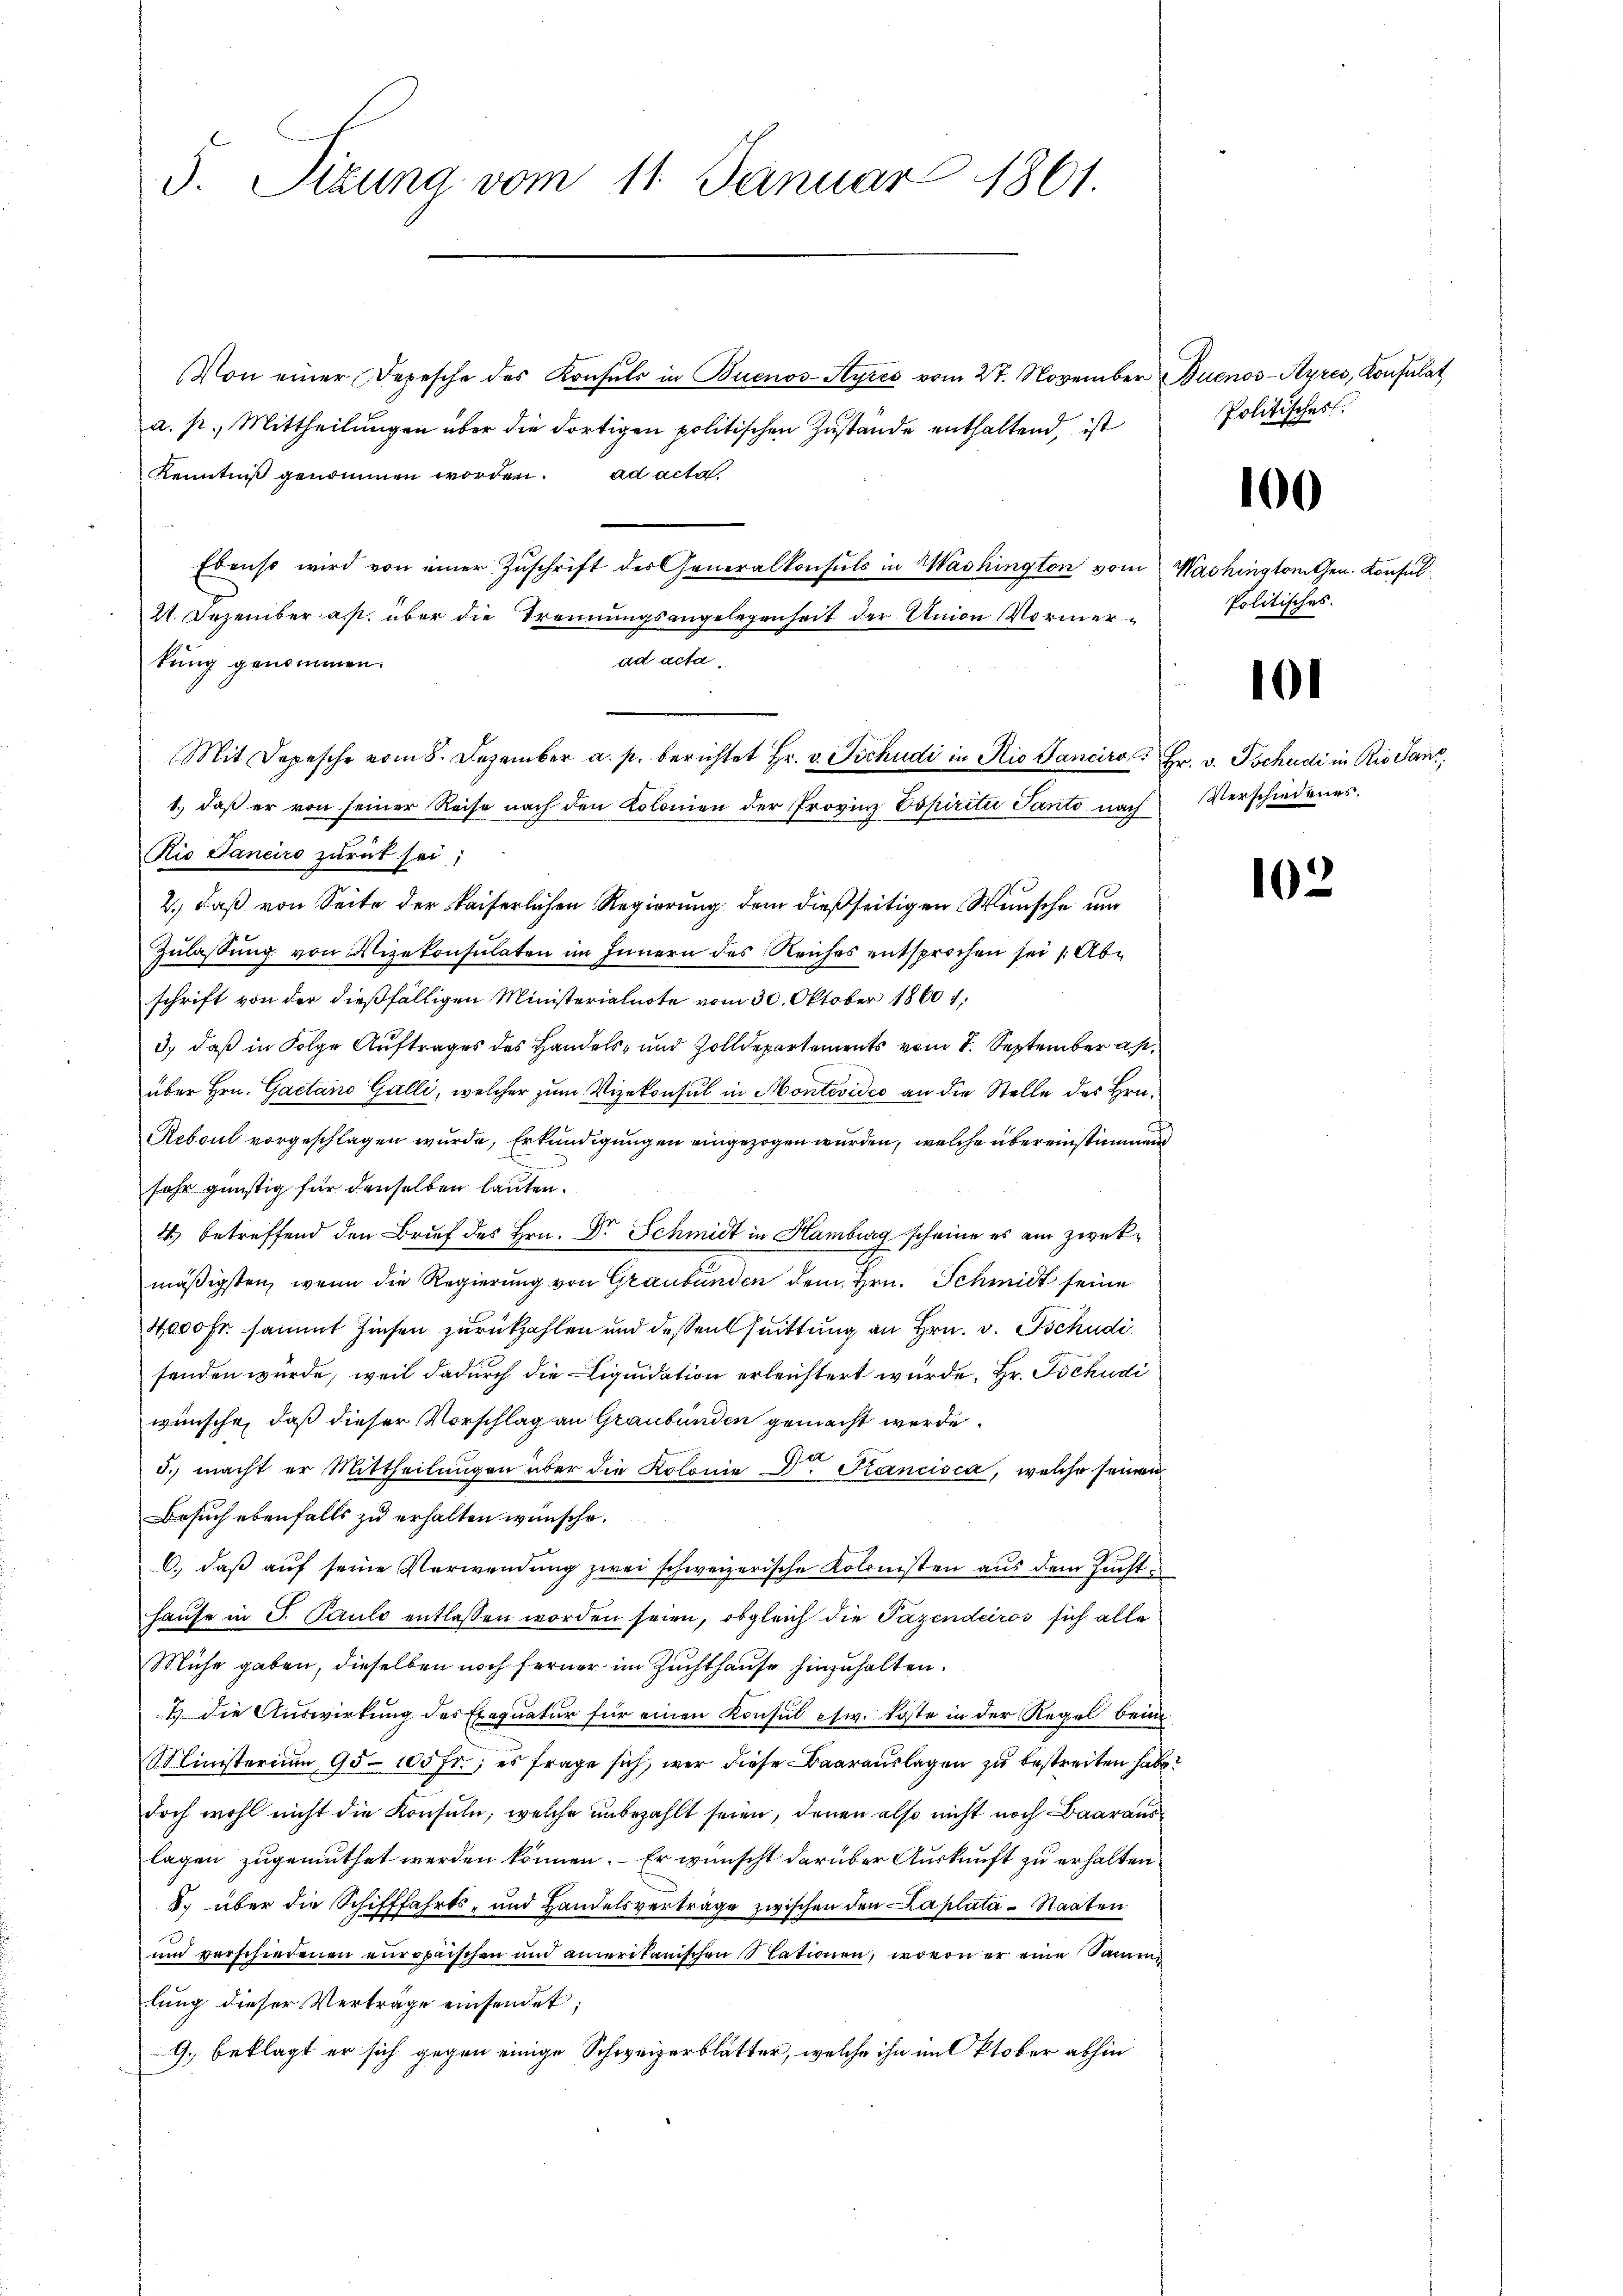
5. Tizung vom 11. Januar 1861.

Von einer Depesche des Konsuls in Buenos-Ayres vom 27. November Buenos-Ayres, Konsulat
a. p. Mittheilungen über die dortigen politischen Zustände enthaltend, ist
Kenntniß genommen worden. ad acta
Ebenso wird von einer Zŭschrift des Generalkonsuls in Washington vom Washington Gen. Konsul
21. Dezember as über die Trennungsangelegenheit der Union Vormerad acta
tung genommen.
1.) daß er von seiner Reise nach den Kolonien der Provinz Popiritii Parito nach Verschiedenes.
Rio Janeiro zurück sei;
2.) daß von Seite der Kaiserlichen Regierung dem dießseitigen Wünsche um
Zulassung von Nizekonsulaten im Innern des Reiches entsprochen sei (Abschrift von der dießfälligen Ministerialnote vom 30. Oktober 1860 1,
3., daß in Folge Auftrages des Handels- und Zolldepartements vom 1. September a.
über Hrn. Gaetano Galli, welcher zum Vizekonsul in Montevideo an die Stelle des Hrn.
Reboul vorgeschlagen wurde, Erkundigungen eingezogen wurden, welche übereinstimmen
sehr günstig für denselben lauten.
4) betreffend den Brief des Hrn. Dr. Schmidt in Hamburg scheine es am zweckmäßigsten, wenn die Regierung von Graubünden dem Hrn. Schmidt seine
4000 Fr. sammt Zinsen zurückzahlen und dessensuittung an Hrn. v. Tschudi
fanden würde, weil dadurch die Liquidation erleichtert wurde. Hr. Tschudi
wünsche, daß dieser Vorschlag an Graubünden gemacht werde.
5. macht er Mittheilŭngen über die Kolonie D. Kancisca, welche seinen
Besuch ebenfalls zu erhalten wünsche.
C.) daß auf seine Verwendung zwei schweizerische Kolonisten aus dem Zuchthause in S. Pauls entlassen worden seien, obgleich die Pazenderos sich alle
Mühe gaben, dieselben noch ferner im Zuchthause hinzuhalten.
2) Die Auswirkung des Exequatur für einen Konsul esw. koste in der Regel beim
Ministerium 95. 105 fr.; es frage sich, wer diese Baarauslagen zu bestreiten habe?
doch wohl nicht die Konsuln, welche unbezahlt seien, denen also nicht noch Baarauslagen zugemuthet werden können. Er wünscht darüber Auskunft zu erhalten.
5. über die Schifffahrts- und Handelsverträge zwischen den Laplata Staaten
und verschiedenen europaischen und amerikanischen Nationen, wovon er eine Samm
lung dieser Verträge einsendet;
9. beklagt er sich gegen einige Schweizerblätter, welche ihn im Oktober abhin

Mit Depesche vom 8. Dezember a. p. berichtet Hr. v. Tschudi in Rio Sanciro, Hr. v. Tschudi in Rio dans

Politisches

100

Politisches.

1

10